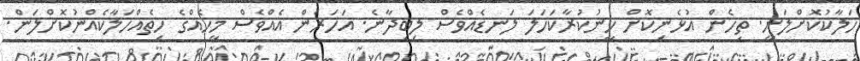
ހަލާކުކޮށްލަނީ. ތިހެން އުޅެނިކޮށް ހީނުކުރާކަހަލަ ލަނޑެއްވެސް ލިބިދާނެ. އަހަރެން އެއްވެސް މީހެއްގެ ހިތެއްހަލާކެއްނުކޮށްލަން.